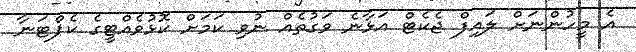
އެ މީހުންނަށް ލައިފް ޖެކެޓް އަޅާނެ ވަގުތެއް ނުވި ކަމަށް ކޮޅުވެއްޓީގެ ކެޕްޓަނާ